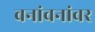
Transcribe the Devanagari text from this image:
वनांवनांवर